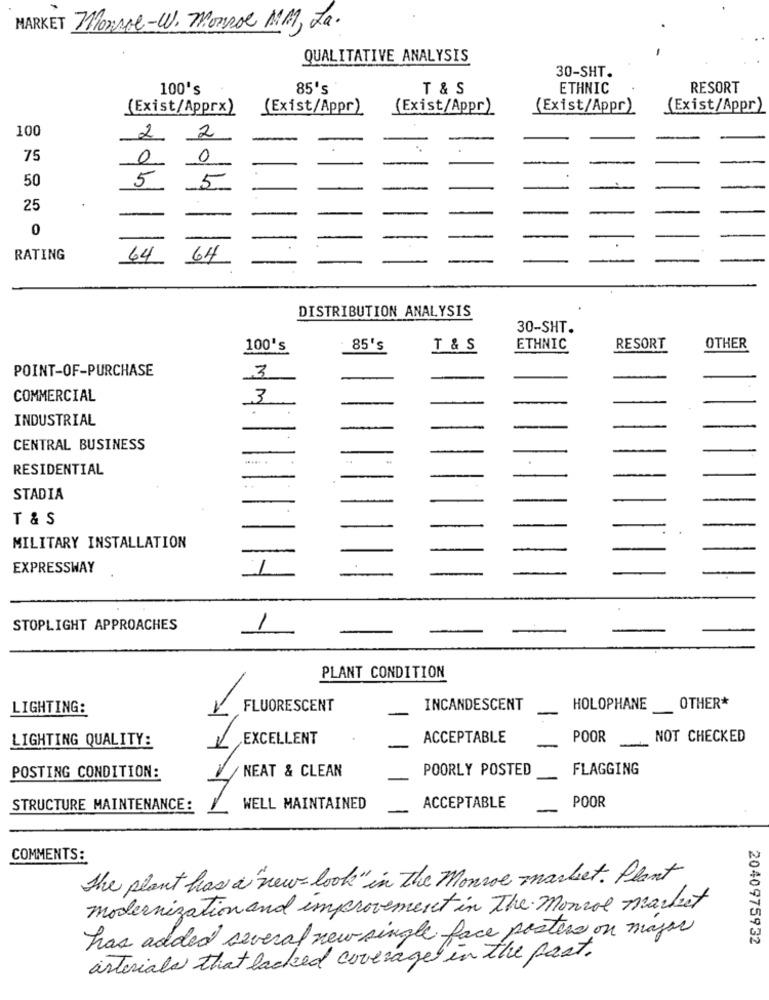
MARKET Morsoe-W. Monroe MM, La.
QUALITATIVE ANALYSIS
30-SHT.
100's
85's
T & S
ETHNIC
RESORT
(Exist/Apprx)
(Exist/Appr)
(Exist/Appr)
(Exist/Appr)
(Exist/Appr)
100
2
2
75
0
0
50
5
5
25
0
RATING
64
64
DISTRIBUTION ANALYSIS
30-SHT.
100's
85's
T & S
ETHNIC
RESORT
OTHER
POINT-OF-PURCHASE
3
COMMERCIAL
3
.
-
INDUSTRIAL
CENTRAL BUSINESS
-
RESIDENTIAL
-
-
-
STADIA
T & S
MILITARY INSTALLATION
-
EXPRESSWAY
1
STOPLIGHT APPROACHES
1
PLANT CONDITION
LIGHTING:
FLUORESCENT
-
INCANDESCENT
HOLOPHANE
OTHER*
EXCELLENT
ACCEPTABLE
POOR
NOT CHECKED
LIGHTING QUALITY:
-
NEAT & CLEAN
POORLY POSTED
FLAGGING
POSTING CONDITION:
POOR
STRUCTURE MAINTENANCE:
WELL MAINTAINED
ACCEPTABLE
COMMENTS:
The plant has a "new look" in the Monroe market. Plant
modernization and improvement in The Monroe market
has added several new single face posters on major
2040975932
arterials that lacked coverage in the past.